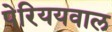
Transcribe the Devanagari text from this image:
पेरिययवाल